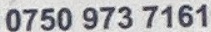
0750 973 7161